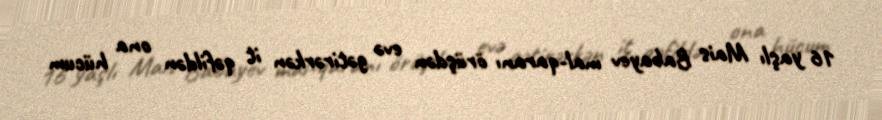
16 yaşlı Mais Babayev mal-qaranı örüşdən evə gətirərkən it qəfildən ona hücum